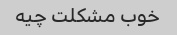
خوب مشکلت چیه